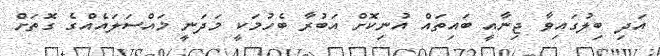
އަދި ބިލުގައިވާ ޖިނާއީ ބައިތައް އުނިކޮށް އަބުރާ ބެހުމަކީ މަދަނީ މައްސަލައެއްގެ ގޮތަށް